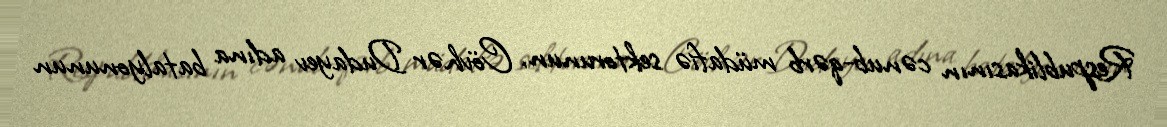
Respublikasının cənub-qərb müdafiə sektorunun, Cövhər Dudayev adına batalyonunun